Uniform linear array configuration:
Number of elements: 24
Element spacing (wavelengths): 0.25
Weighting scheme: exponential
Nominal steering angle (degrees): -45
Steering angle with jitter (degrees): -45.669
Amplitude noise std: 0.05
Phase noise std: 0.05

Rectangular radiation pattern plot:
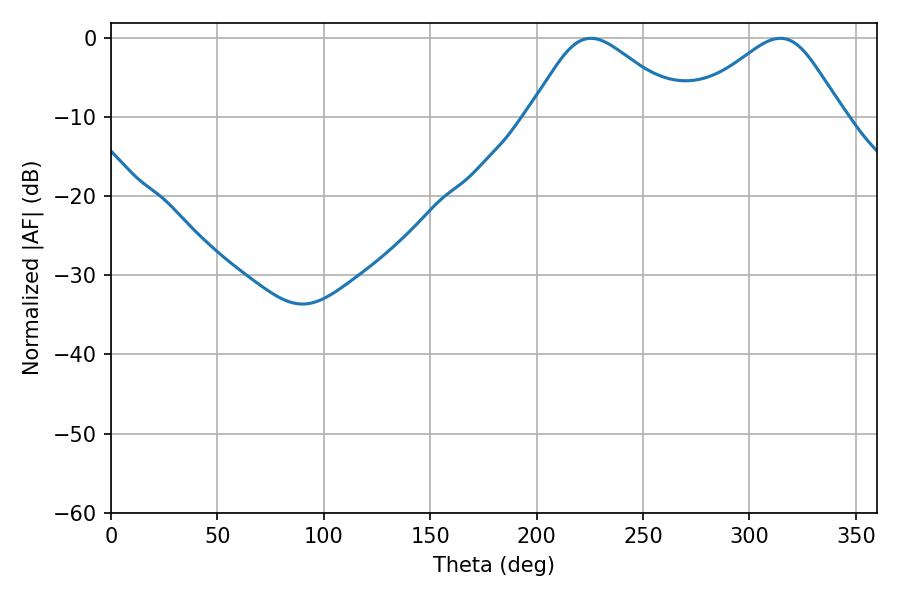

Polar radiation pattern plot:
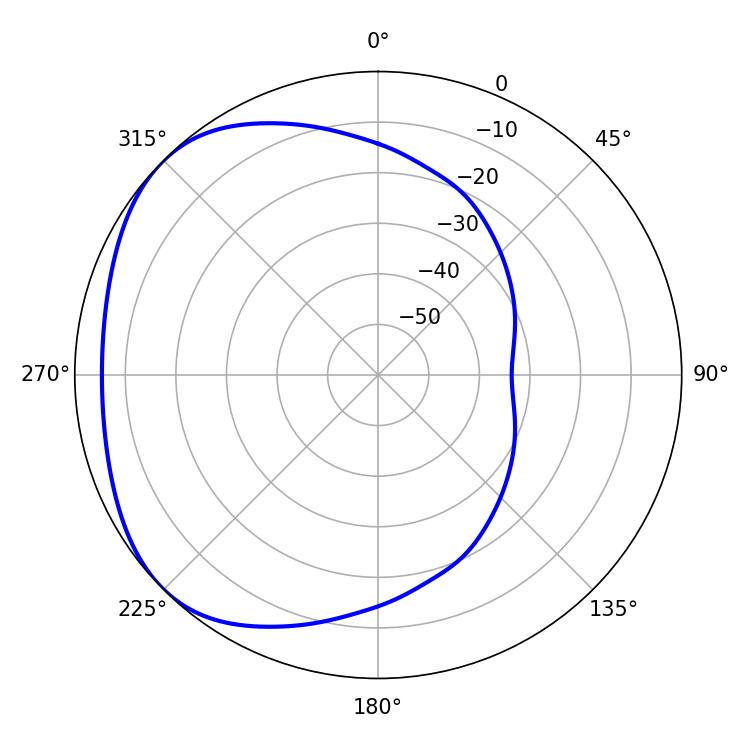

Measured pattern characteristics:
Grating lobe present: FALSE
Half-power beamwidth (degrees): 35.82
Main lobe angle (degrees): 225.54